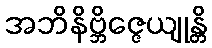
အဘိနိဗ္ဘိဇ္ဇေယျုန္တိ